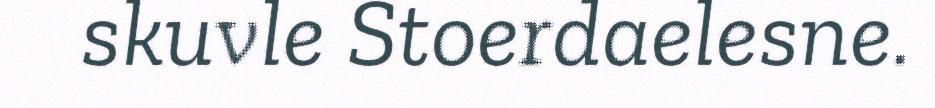
skuvle Stoerdaelesne.